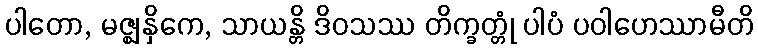
ပါတော, မဇ္ဈနှိကေ, သာယန္တိ ဒိဝသဿ တိက္ခတ္တုံ ပါပံ ပဝါဟေဿာမီတိ